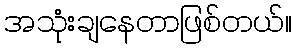
အသုံးချနေတာဖြစ်တယ်။